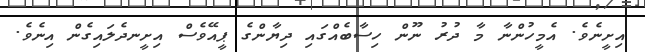
އިށީނެވެ. އެމީހުންނާ މާ ދުރު ނޫން ހިސާބެއްގައި ދިޔާންގެ ޕީއޭވެސް އިށީނދެލައިގެން އިނެވެ.